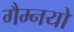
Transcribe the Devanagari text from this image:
गैम्नयो